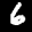
Label: 6